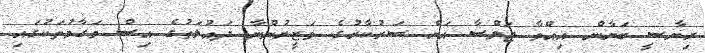
ރިޔާސީ ބަޔާން އިއްވާ ޖަލްސާ އަށް ސަރުކާރުގެ ވަޒީރުންްނާ ދައުލަތުގެ އިސް މަގާމުތަކުގައި